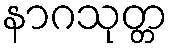
နာဂသုတ္တ